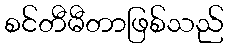
စင်တီမီတာဖြစ်သည်